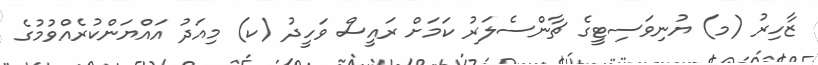
ޒާހިރު (މ) ޔުނިވަސިޓީގެ ޗާންސެލަރު ކަަމަށް ރައީސް ވަހީދު (ކ) މިއަދު އައްޔަންކުރެއްވުމުގެ